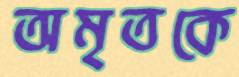
অমৃতকে